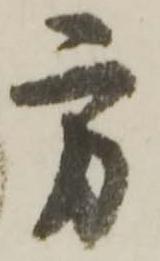
方